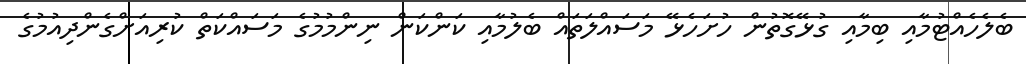
ބެލެހެއްޓުމާއި ބިމާއި ގުޅޭގޮތުން ހުށަހެޅޭ މަސައްލަތައް ބެލުމާއި ކަންކަން ނިންމުމުގެ މަސައްކަތް ކުރިއަށްގެންދިއުމުގެ